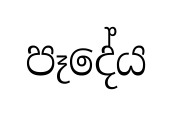
පෑදේය